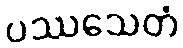
ပဿသေတံ